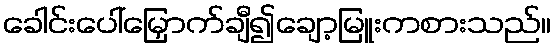
ခေါင်းပေါ်မြှောက်ချီ၍ချော့မြူးကစားသည်။